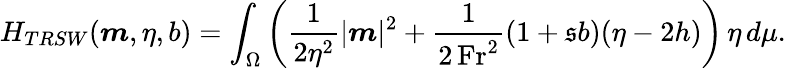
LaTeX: H_{TRSW}(\boldsymbol{m},\eta,b)=\int_{\Omega}\left(\frac{1}{2\eta^{2}}|\boldsymbol{m}|^{2}+\frac{1}{2\, \mathrm{Fr}^{2}}(1+\mathfrak{s}b)(\eta-2h)\right)\, \eta\, d\mu.